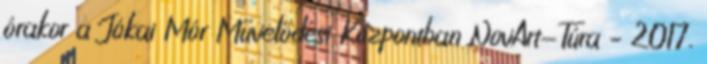
órakor a Jókai Mór Művelődési Központban NovArt-Túra – 2017.